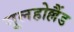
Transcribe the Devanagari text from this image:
मूलहोल्लैंड